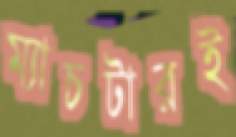
ম্যাচটারই